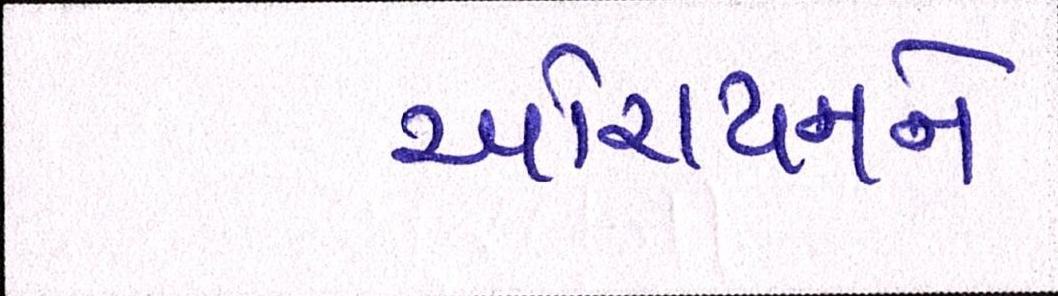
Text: ઓરાયનને